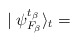
\begin{align*}\mid\psi _{F_\beta}^{t_\beta}\rangle _t=\end{align*}